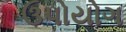
ઉપોયોગ